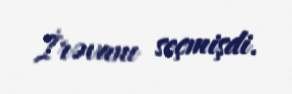
İrəvanı seçmişdi.